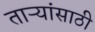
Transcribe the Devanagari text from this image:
ताऱ्यांसाठी